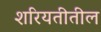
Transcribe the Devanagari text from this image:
शरियतीतील